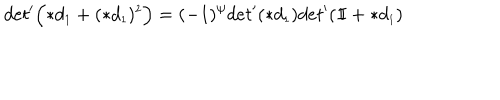
LaTeX: d e t ^ { \prime } \Bigl ( \ast d _ { \scriptscriptstyle 1 } + ( \ast d _ { \scriptscriptstyle 1 } ) ^ { \scriptscriptstyle 2 } \Bigr ) = ( - 1 ) ^ { \psi } d e t ^ { \prime } ( \ast d _ { \scriptscriptstyle 1 } ) d e t ^ { \prime } ( \mathrm { 1 \ m k e r n - 5 m u I } + \ast d _ { \scriptscriptstyle 1 } )